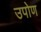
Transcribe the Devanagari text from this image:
उपोण